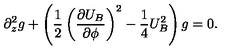
\partial _ { z } ^ { 2 } g + \left( \frac { 1 } { 2 } \left( \frac { \partial U _ { B } } { \partial \phi } \right) ^ { 2 } - \frac { 1 } { 4 } U _ { B } ^ { 2 } \right) g = 0 .